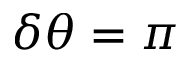
\delta \theta = \pi